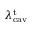
\lambda _ { \mathrm { c a v } } ^ { \mathrm { t } }